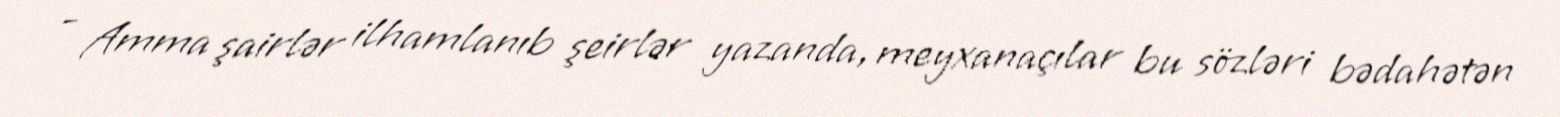
- Amma şairlər ilhamlanıb şeirlər yazanda, meyxanaçılar bu sözləri bədahətən